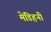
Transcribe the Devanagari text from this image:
मेडिहनी